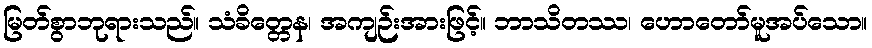
မြတ်စွာဘုရားသည်။ သံခိတ္တေန၊ အကျဉ်းအားဖြင့်။ ဘာသိတဿ၊ ဟောတော်မူအပ်သော။